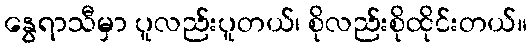
နွေရာသီမှာ ပူလည်းပူတယ်၊ စိုလည်းစိုထိုင်းတယ်။